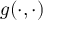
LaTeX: g ( \cdot , \cdot )